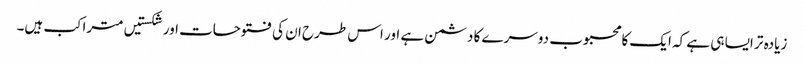
زیادہ تر ایسا ہی ہے کہ ایک کا محبوب دوسرے کا دشمن ہے اور اس طرح ان کی فتوحات اور شکستیں متراکب ہیں۔